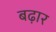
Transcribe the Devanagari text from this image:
बढ़ार